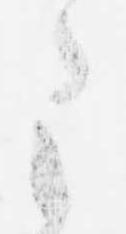
之